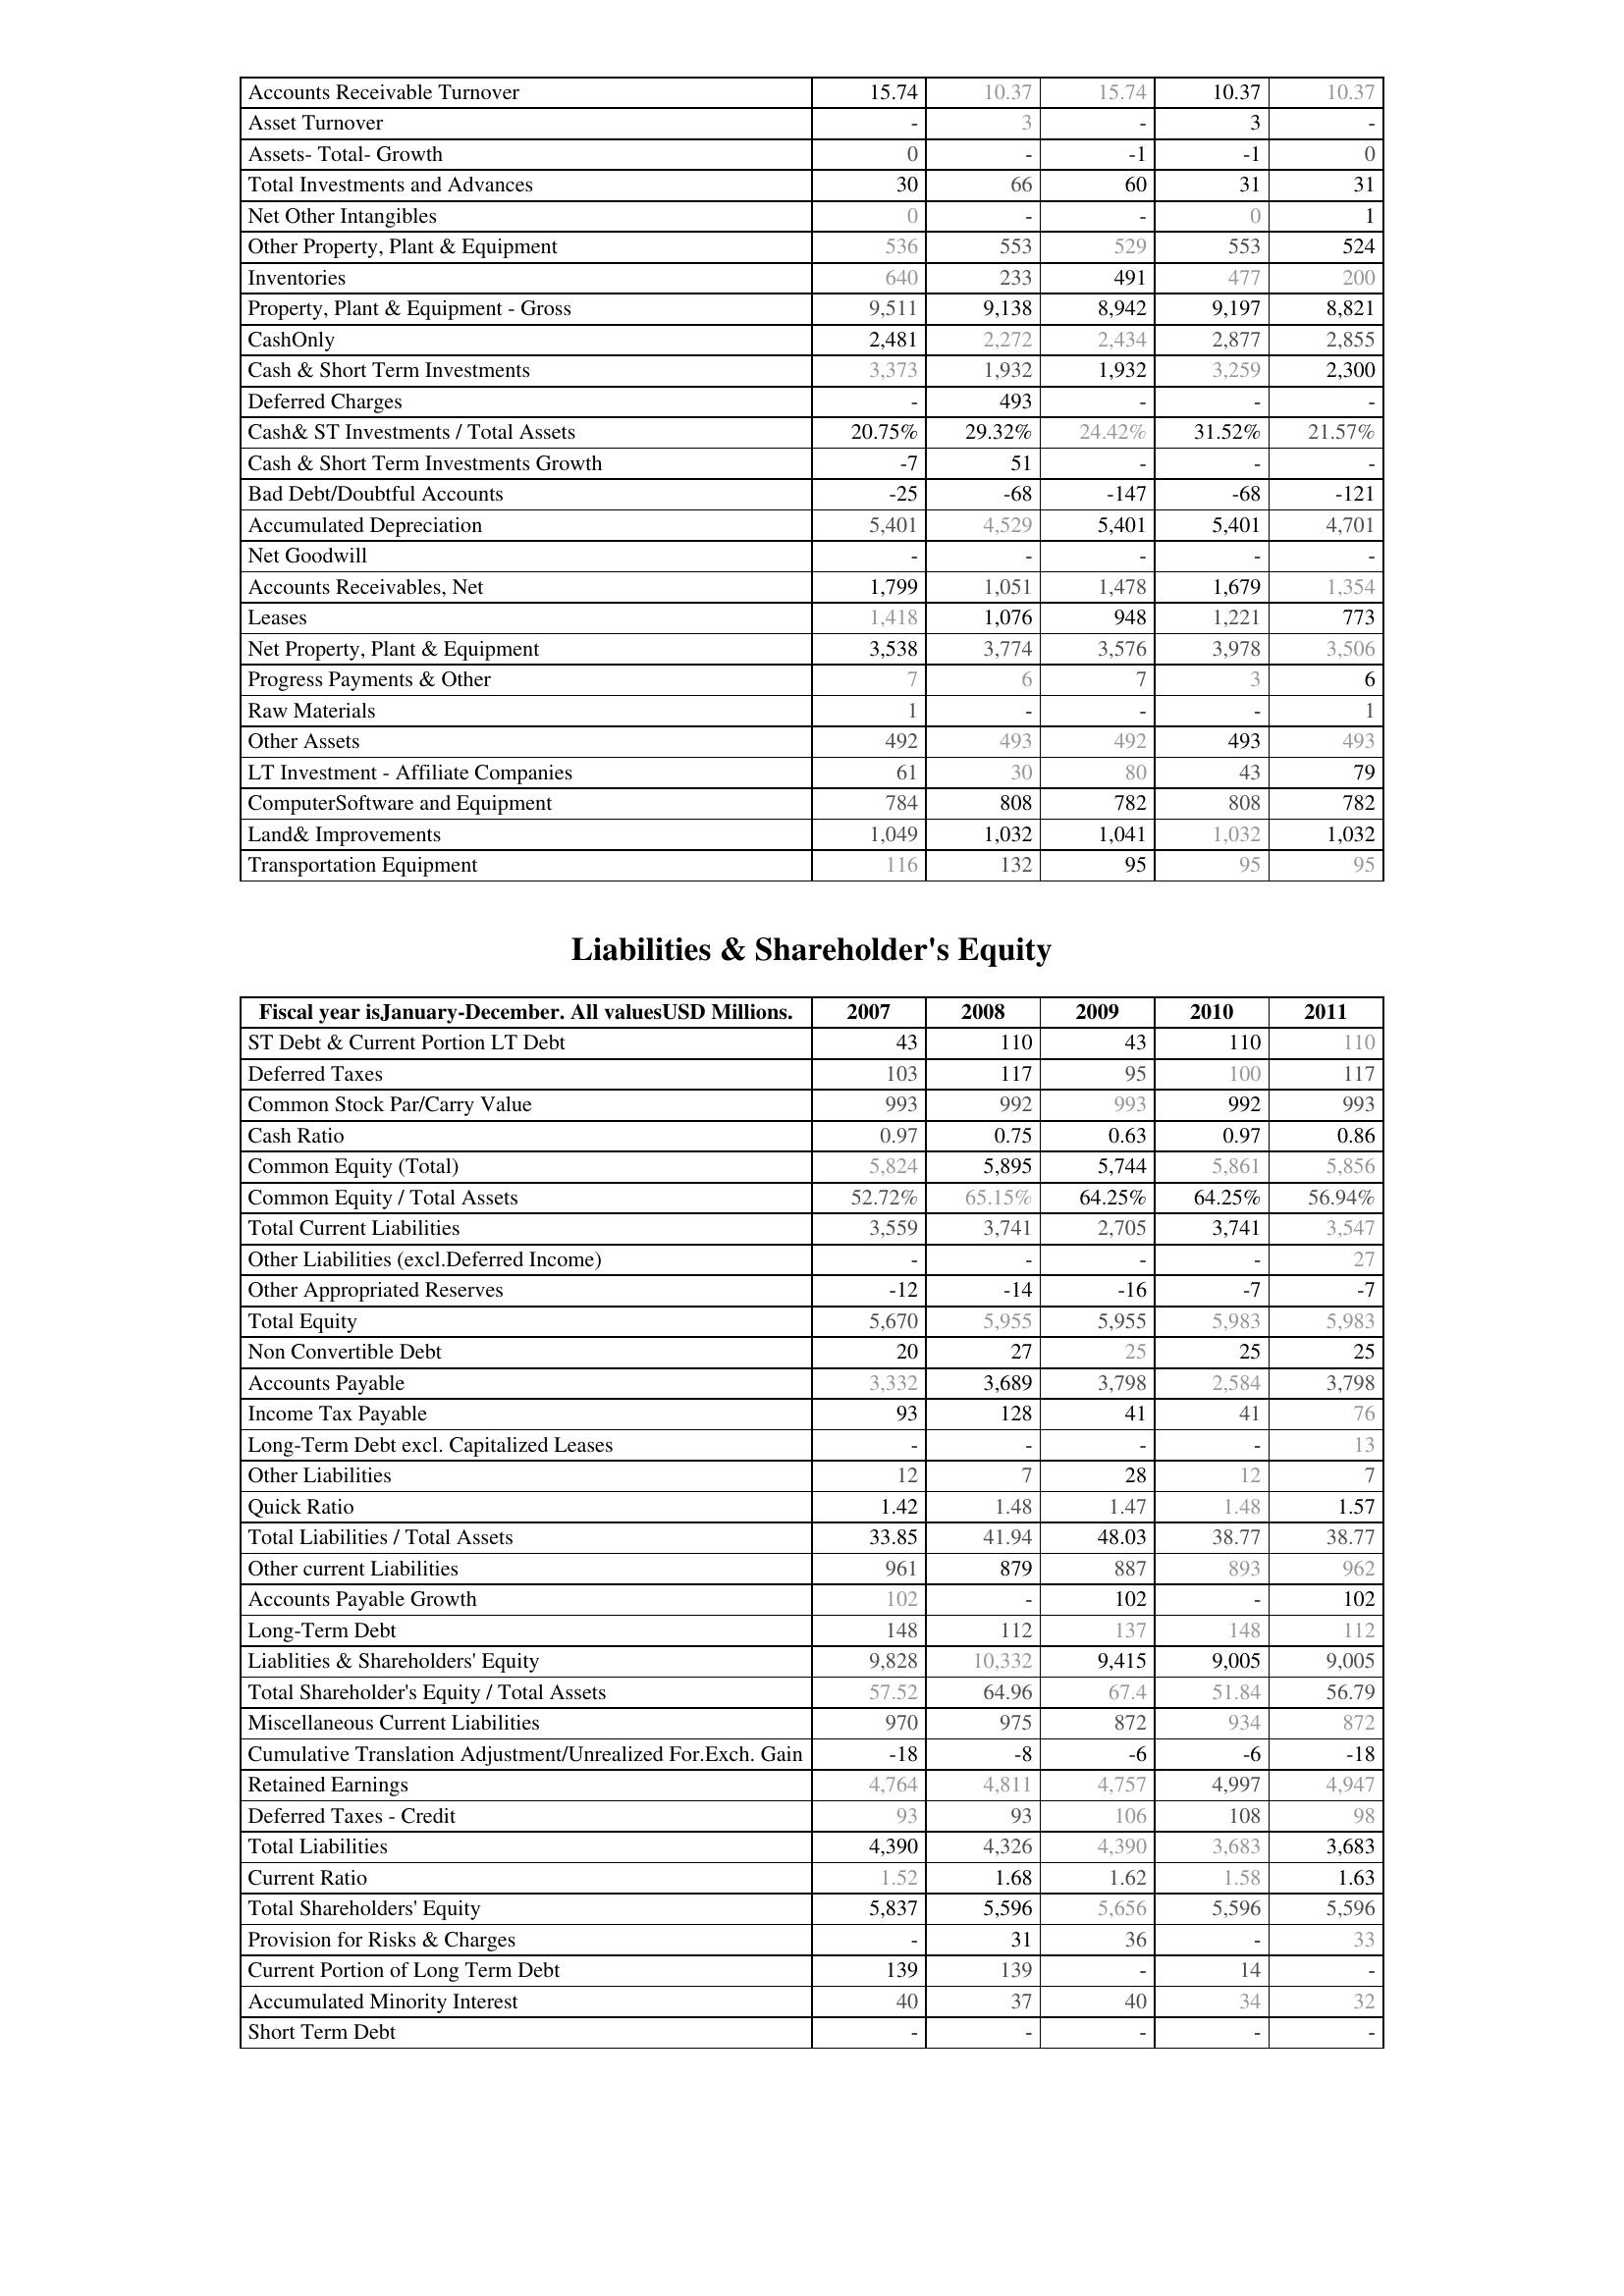
2007: Assets: Accounts Receivable Turnover: 15.74
Asset Turnover: -
Assets- Total- Growth: 0
Total Investments and Advances: 30
Net Other Intangibles: 0
Other Property, Plant & Equipment: 536
Inventories: 640
Property, Plant & Equipment - Gross : 9,511
CashOnly: 2,481
Cash & Short Term Investments: 3,373
Deferred Charges: -
Cash& ST Investments / Total Assets: 20.75%
Cash & Short Term Investments Growth: -7
Bad Debt/Doubtful Accounts: -25
Accumulated Depreciation: 5,401
Net Goodwill: -
Accounts Receivables, Net: 1,799
Leases: 1,418
Net Property, Plant & Equipment: 3,538
Progress Payments & Other: 7
Raw Materials: 1
Other Assets: 492
LT Investment - Affiliate Companies: 61
ComputerSoftware and Equipment: 784
Land& Improvements: 1,049
Transportation Equipment: 116
Liabilities & Shareholder's Equity: ST Debt & Current Portion LT Debt: 43
Deferred Taxes: 103
Common Stock Par/Carry Value: 993
Cash Ratio: 0.97
Common Equity (Total): 5,824
Common Equity / Total Assets: 52.72%
Total Current Liabilities: 3,559
Other Liabilities (excl.Deferred Income): -
Other Appropriated Reserves: -12
Total Equity: 5,670
Non Convertible Debt: 20
Accounts Payable: 3,332
Income Tax Payable: 93
Long-Term Debt excl. Capitalized Leases: -
Other Liabilities: 12
Quick Ratio: 1.42
Total Liabilities / Total Assets: 33.85
Other current Liabilities: 961
Accounts Payable Growth: 102
Long-Term Debt: 148
Liablities & Shareholders' Equity: 9,828
Total Shareholder's Equity / Total Assets: 57.52
Miscellaneous Current Liabilities: 970
Cumulative Translation Adjustment/Unrealized For.Exch. Gain: -18
Retained Earnings: 4,764
Deferred Taxes - Credit: 93
Total Liabilities: 4,390
Current Ratio: 1.52
Total Shareholders' Equity: 5,837
Provision for Risks & Charges: -
Current Portion of Long Term Debt: 139
Accumulated Minority Interest: 40
Short Term Debt: -
2008: Assets: Accounts Receivable Turnover: 10.37
Asset Turnover: 3
Assets- Total- Growth: -
Total Investments and Advances: 66
Net Other Intangibles: -
Other Property, Plant & Equipment: 553
Inventories: 233
Property, Plant & Equipment - Gross : 9,138
CashOnly: 2,272
Cash & Short Term Investments: 1,932
Deferred Charges: 493
Cash& ST Investments / Total Assets: 29.32%
Cash & Short Term Investments Growth: 51
Bad Debt/Doubtful Accounts: -68
Accumulated Depreciation: 4,529
Net Goodwill: -
Accounts Receivables, Net: 1,051
Leases: 1,076
Net Property, Plant & Equipment: 3,774
Progress Payments & Other: 6
Raw Materials: -
Other Assets: 493
LT Investment - Affiliate Companies: 30
ComputerSoftware and Equipment: 808
Land& Improvements: 1,032
Transportation Equipment: 132
Liabilities & Shareholder's Equity: ST Debt & Current Portion LT Debt: 110
Deferred Taxes: 117
Common Stock Par/Carry Value: 992
Cash Ratio: 0.75
Common Equity (Total): 5,895
Common Equity / Total Assets: 65.15%
Total Current Liabilities: 3,741
Other Liabilities (excl.Deferred Income): -
Other Appropriated Reserves: -14
Total Equity: 5,955
Non Convertible Debt: 27
Accounts Payable: 3,689
Income Tax Payable: 128
Long-Term Debt excl. Capitalized Leases: -
Other Liabilities: 7
Quick Ratio: 1.48
Total Liabilities / Total Assets: 41.94
Other current Liabilities: 879
Accounts Payable Growth: -
Long-Term Debt: 112
Liablities & Shareholders' Equity: 10,332
Total Shareholder's Equity / Total Assets: 64.96
Miscellaneous Current Liabilities: 975
Cumulative Translation Adjustment/Unrealized For.Exch. Gain: -8
Retained Earnings: 4,811
Deferred Taxes - Credit: 93
Total Liabilities: 4,326
Current Ratio: 1.68
Total Shareholders' Equity: 5,596
Provision for Risks & Charges: 31
Current Portion of Long Term Debt: 139
Accumulated Minority Interest: 37
Short Term Debt: -
2009: Assets: Accounts Receivable Turnover: 15.74
Asset Turnover: -
Assets- Total- Growth: -1
Total Investments and Advances: 60
Net Other Intangibles: -
Other Property, Plant & Equipment: 529
Inventories: 491
Property, Plant & Equipment - Gross : 8,942
CashOnly: 2,434
Cash & Short Term Investments: 1,932
Deferred Charges: -
Cash& ST Investments / Total Assets: 24.42%
Cash & Short Term Investments Growth: -
Bad Debt/Doubtful Accounts: -147
Accumulated Depreciation: 5,401
Net Goodwill: -
Accounts Receivables, Net: 1,478
Leases: 948
Net Property, Plant & Equipment: 3,576
Progress Payments & Other: 7
Raw Materials: -
Other Assets: 492
LT Investment - Affiliate Companies: 80
ComputerSoftware and Equipment: 782
Land& Improvements: 1,041
Transportation Equipment: 95
Liabilities & Shareholder's Equity: ST Debt & Current Portion LT Debt: 43
Deferred Taxes: 95
Common Stock Par/Carry Value: 993
Cash Ratio: 0.63
Common Equity (Total): 5,744
Common Equity / Total Assets: 64.25%
Total Current Liabilities: 2,705
Other Liabilities (excl.Deferred Income): -
Other Appropriated Reserves: -16
Total Equity: 5,955
Non Convertible Debt: 25
Accounts Payable: 3,798
Income Tax Payable: 41
Long-Term Debt excl. Capitalized Leases: -
Other Liabilities: 28
Quick Ratio: 1.47
Total Liabilities / Total Assets: 48.03
Other current Liabilities: 887
Accounts Payable Growth: 102
Long-Term Debt: 137
Liablities & Shareholders' Equity: 9,415
Total Shareholder's Equity / Total Assets: 67.4
Miscellaneous Current Liabilities: 872
Cumulative Translation Adjustment/Unrealized For.Exch. Gain: -6
Retained Earnings: 4,757
Deferred Taxes - Credit: 106
Total Liabilities: 4,390
Current Ratio: 1.62
Total Shareholders' Equity: 5,656
Provision for Risks & Charges: 36
Current Portion of Long Term Debt: -
Accumulated Minority Interest: 40
Short Term Debt: -
2010: Assets: Accounts Receivable Turnover: 10.37
Asset Turnover: 3
Assets- Total- Growth: -1
Total Investments and Advances: 31
Net Other Intangibles: 0
Other Property, Plant & Equipment: 553
Inventories: 477
Property, Plant & Equipment - Gross : 9,197
CashOnly: 2,877
Cash & Short Term Investments: 3,259
Deferred Charges: -
Cash& ST Investments / Total Assets: 31.52%
Cash & Short Term Investments Growth: -
Bad Debt/Doubtful Accounts: -68
Accumulated Depreciation: 5,401
Net Goodwill: -
Accounts Receivables, Net: 1,679
Leases: 1,221
Net Property, Plant & Equipment: 3,978
Progress Payments & Other: 3
Raw Materials: -
Other Assets: 493
LT Investment - Affiliate Companies: 43
ComputerSoftware and Equipment: 808
Land& Improvements: 1,032
Transportation Equipment: 95
Liabilities & Shareholder's Equity: ST Debt & Current Portion LT Debt: 110
Deferred Taxes: 100
Common Stock Par/Carry Value: 992
Cash Ratio: 0.97
Common Equity (Total): 5,861
Common Equity / Total Assets: 64.25%
Total Current Liabilities: 3,741
Other Liabilities (excl.Deferred Income): -
Other Appropriated Reserves: -7
Total Equity: 5,983
Non Convertible Debt: 25
Accounts Payable: 2,584
Income Tax Payable: 41
Long-Term Debt excl. Capitalized Leases: -
Other Liabilities: 12
Quick Ratio: 1.48
Total Liabilities / Total Assets: 38.77
Other current Liabilities: 893
Accounts Payable Growth: -
Long-Term Debt: 148
Liablities & Shareholders' Equity: 9,005
Total Shareholder's Equity / Total Assets: 51.84
Miscellaneous Current Liabilities: 934
Cumulative Translation Adjustment/Unrealized For.Exch. Gain: -6
Retained Earnings: 4,997
Deferred Taxes - Credit: 108
Total Liabilities: 3,683
Current Ratio: 1.58
Total Shareholders' Equity: 5,596
Provision for Risks & Charges: -
Current Portion of Long Term Debt: 14
Accumulated Minority Interest: 34
Short Term Debt: -
2011: Assets: Accounts Receivable Turnover: 10.37
Asset Turnover: -
Assets- Total- Growth: 0
Total Investments and Advances: 31
Net Other Intangibles: 1
Other Property, Plant & Equipment: 524
Inventories: 200
Property, Plant & Equipment - Gross : 8,821
CashOnly: 2,855
Cash & Short Term Investments: 2,300
Deferred Charges: -
Cash& ST Investments / Total Assets: 21.57%
Cash & Short Term Investments Growth: -
Bad Debt/Doubtful Accounts: -121
Accumulated Depreciation: 4,701
Net Goodwill: -
Accounts Receivables, Net: 1,354
Leases: 773
Net Property, Plant & Equipment: 3,506
Progress Payments & Other: 6
Raw Materials: 1
Other Assets: 493
LT Investment - Affiliate Companies: 79
ComputerSoftware and Equipment: 782
Land& Improvements: 1,032
Transportation Equipment: 95
Liabilities & Shareholder's Equity: ST Debt & Current Portion LT Debt: 110
Deferred Taxes: 117
Common Stock Par/Carry Value: 993
Cash Ratio: 0.86
Common Equity (Total): 5,856
Common Equity / Total Assets: 56.94%
Total Current Liabilities: 3,547
Other Liabilities (excl.Deferred Income): 27
Other Appropriated Reserves: -7
Total Equity: 5,983
Non Convertible Debt: 25
Accounts Payable: 3,798
Income Tax Payable: 76
Long-Term Debt excl. Capitalized Leases: 13
Other Liabilities: 7
Quick Ratio: 1.57
Total Liabilities / Total Assets: 38.77
Other current Liabilities: 962
Accounts Payable Growth: 102
Long-Term Debt: 112
Liablities & Shareholders' Equity: 9,005
Total Shareholder's Equity / Total Assets: 56.79
Miscellaneous Current Liabilities: 872
Cumulative Translation Adjustment/Unrealized For.Exch. Gain: -18
Retained Earnings: 4,947
Deferred Taxes - Credit: 98
Total Liabilities: 3,683
Current Ratio: 1.63
Total Shareholders' Equity: 5,596
Provision for Risks & Charges: 33
Current Portion of Long Term Debt: -
Accumulated Minority Interest: 32
Short Term Debt: -